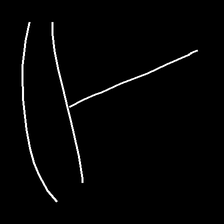
Glyph: dispersion